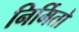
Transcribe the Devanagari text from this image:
निर्मितो